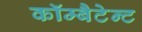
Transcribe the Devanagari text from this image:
कॉम्बैटेन्ट